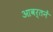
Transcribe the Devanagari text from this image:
आवर्तनें